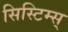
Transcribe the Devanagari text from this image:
सिस्टिम्स्